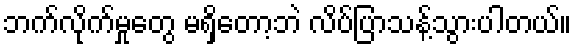
ဘက်လိုက်မှုတွေ မရှိတော့ဘဲ လိပ်ပြာသန့်သွားပါတယ်။